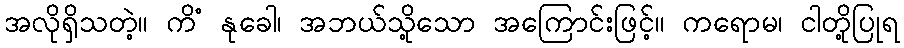
အလိုရှိသတဲ့။ ကိံ နုခေါ၊ အဘယ်သို့သော အကြောင်းဖြင့်။ ကရောမ၊ ငါတို့ပြုရ